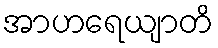
အာဟရေယျာတိ